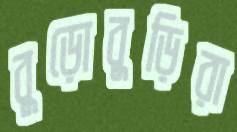
বুড়োবুড়িরা